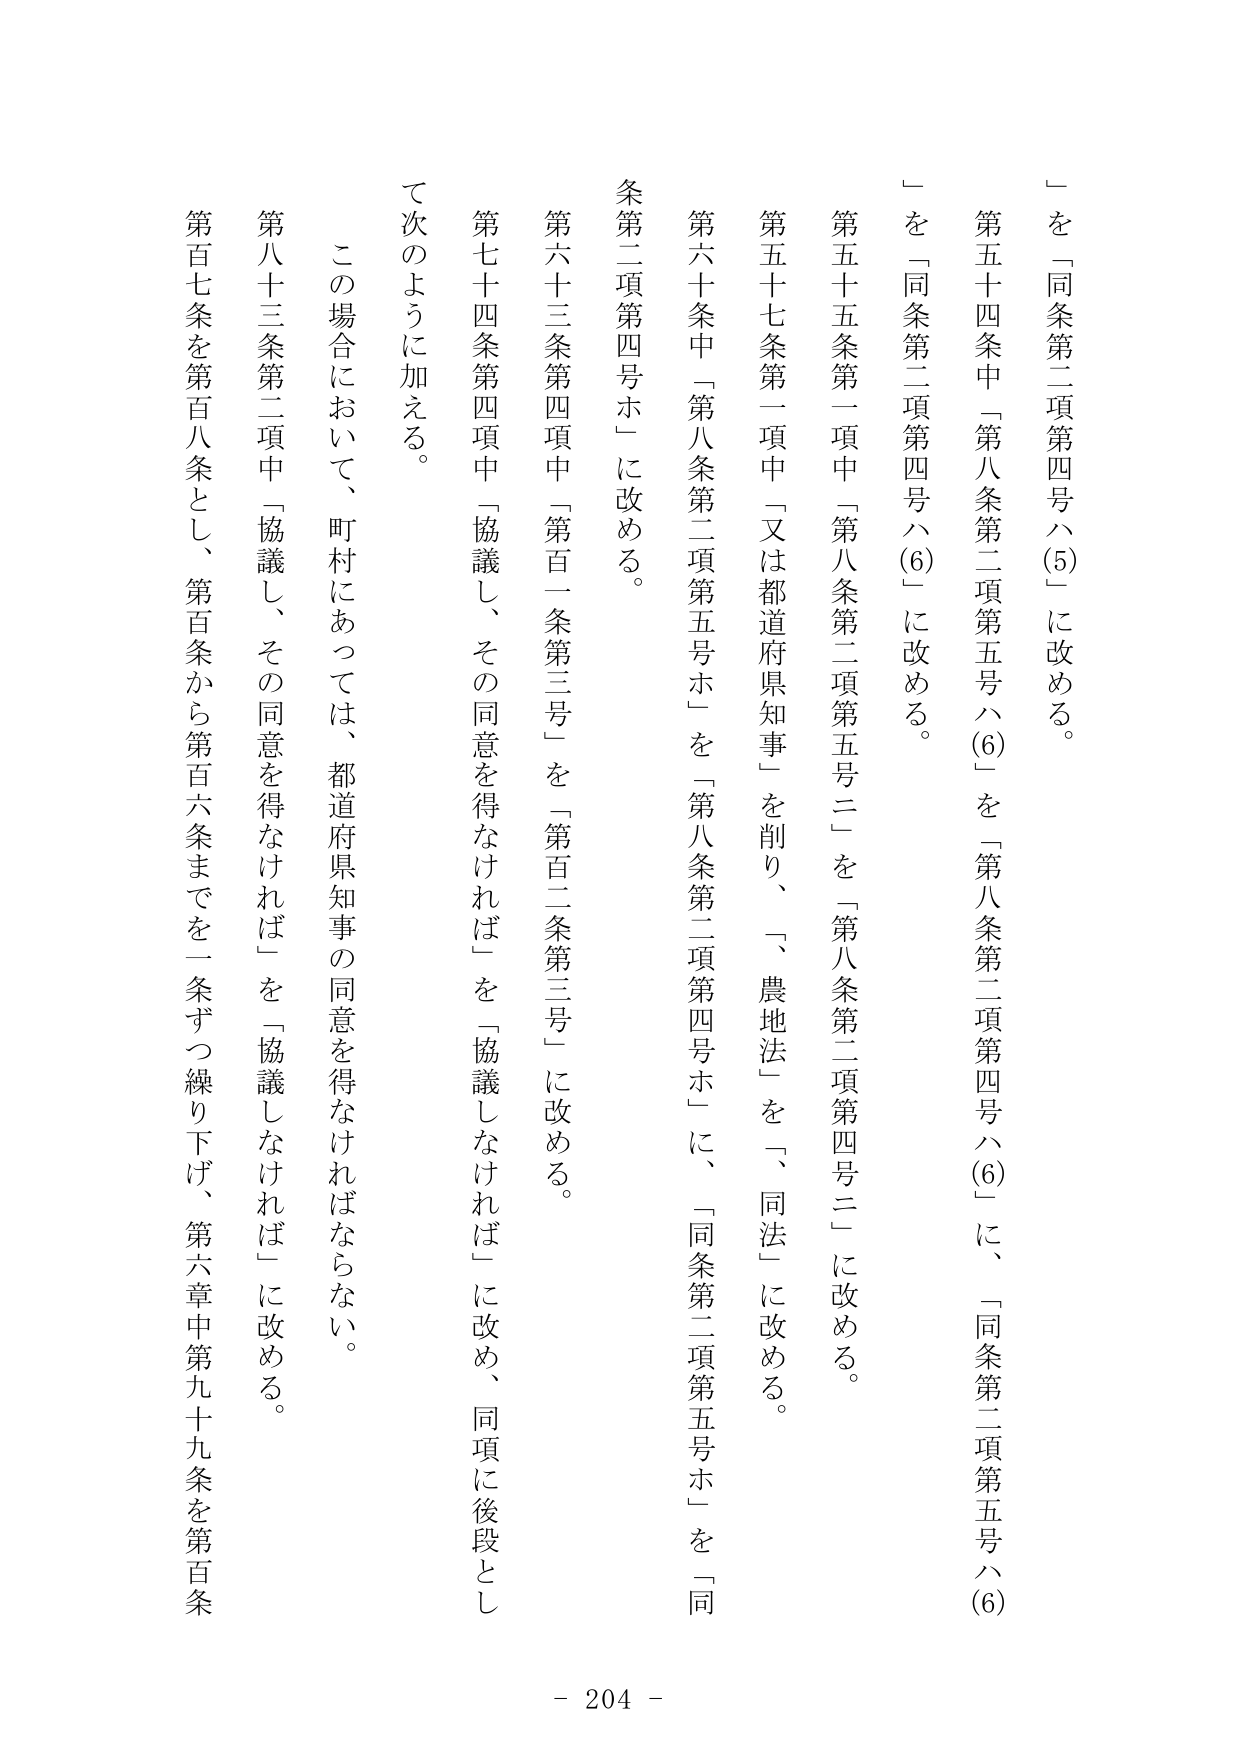
「を「同条第二項第四号ハ(5)」に改める。

第五十四条中「第八条第二項第五号ハ(6)」を「第八条第二項第四号ハ(6)」に、「同条第二項第五号ハ(6)」を「同条第二項第四号ハ(6)」に改める。

第五十五条第一項中「第八条第二項第五号ニ」を「第八条第二項第四号ニ」に改める。

第五十七条第一項中「又は都道府県知事」を削り、「、農地法」を「、同法」に改める。

第六十条中「第八条第二項第五号ホ」を「第八条第二項第四号ホ」に、「同条第二項第五号ホ」を「同条第二項第四号ホ」に改める。

第六十三条第四項中「第百一条第三号」を「第百二条第三号」に改める。

第七十四条第四項中「協議し、その同意を得なければ」を「協議しなければ」に改め、同項に後段として次のように加える。

この場合において、町村にあっては、都道府県知事の同意を得なければならない。

第八十三条第二項中「協議し、その同意を得なければ」を「協議しなければ」に改める。

第百七条を第百八条とし、第百条から第百六条までを一条ずつ繰り下げ、第六章中第九十九条を第百条

- 204 -